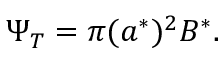
\Psi _ { T } = \pi ( a ^ { * } ) ^ { 2 } B ^ { * } .